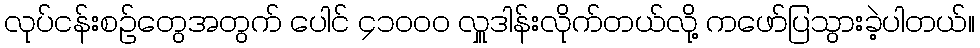
လုပ်ငန်းစဉ်တွေအတွက် ပေါင် ၄၁၀၀၀ လှူဒါန်းလိုက်တယ်လို့ ကဖော်ပြသွားခဲ့ပါတယ်။